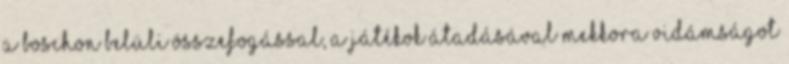
a Boschon belüli összefogással, a játékok átadásával mekkora vidámságot